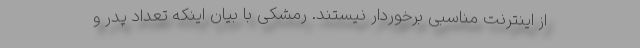
از اینترنت مناسبی برخوردار نیستند. رمشکی با بیان اینکه تعداد پدر و